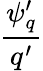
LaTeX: \frac{{\psi}_{q}^{\prime}}{q^{\prime}}